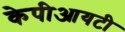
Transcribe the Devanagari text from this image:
केपीआयटी